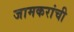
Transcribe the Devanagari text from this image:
जामकरांची